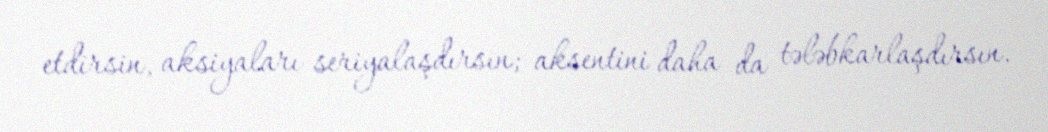
etdirsin, aksiyaları seriyalaşdırsın; aksentini daha da tələbkarlaşdırsın.